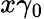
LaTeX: x\gamma_{0}